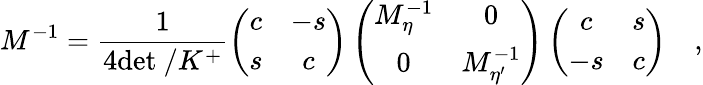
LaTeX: M^{-1}=\frac{1}{4\mathrm{det\ /}K^{+}}\left(\begin{array}{cc}{{c}}&{{-s}}\\ {{s}}&{{c}}\end{array}\right)\left(\begin{array}{cc}{{M_{\eta}^{-1}}}&{{0}}\\ {{0}}&{{M_{\eta^{\prime}}^{-1}}}\end{array}\right)\left(\begin{array}{cc}{{c}}&{{s}}\\ {{-s}}&{{c}}\end{array}\right)\quad,